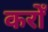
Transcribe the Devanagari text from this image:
करोँ